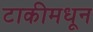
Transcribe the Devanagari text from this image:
टाकीमधून